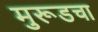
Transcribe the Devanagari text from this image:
मुरूडचा